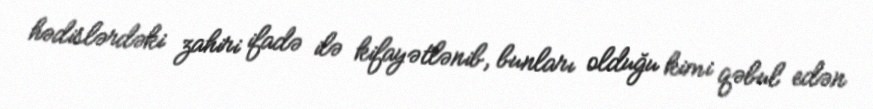
hədislərdəki zahiri ifadə ilə kifayətlənib, bunları olduğu kimi qəbul edən